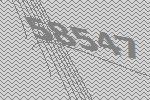
58547